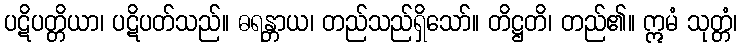
ပဋိပတ္တိယာ၊ ပဋိပတ်သည်။ ဓရန္တာယ၊ တည်သည်ရှိသော်။ တိဋ္ဌတိ၊ တည်၏။ ဣမံ သုတ္တံ၊